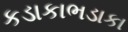
કડાકાભડાકા